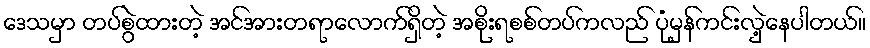
ဒေသမှာ တပ်စွဲထားတဲ့ အင်အားတရာလောက်ရှိတဲ့ အစိုးရစစ်တပ်ကလည် ပုံမှန်ကင်းလှဲ့နေပါတယ်။